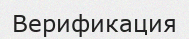
Верификация